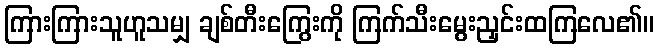
ကြားကြားသူဟူသမျှ ချစ်တီးကြွေးကို ကြက်သီးမွေးညှင်းထကြလေ၏။